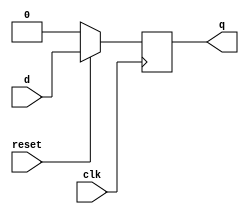
module dff_r(input d,clk,reset,output reg q);
  always@(posedge clk)
    
      begin
    if(!reset)
        q<=0;
      else
        q<=d;
      end
    endmodule